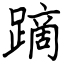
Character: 蹢